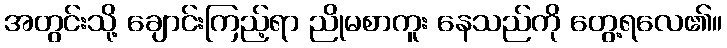
အတွင်းသို့ ချောင်းကြည့်ရာ ညိုမစာကူး နေသည်ကို တွေ့ရလေ၏။